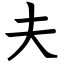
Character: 夫